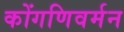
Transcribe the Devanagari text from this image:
कोंगणिवर्मन